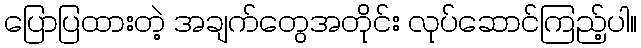
ပြောပြထားတဲ့ အချက်တွေအတိုင်း လုပ်ဆောင်ကြည့်ပါ။